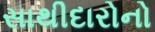
સાથીદારોનો